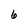
Character: 6